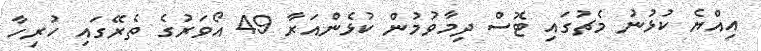
އިއްޔެ ކުޅުނު މެޗުގައި ޓޮސް ދިމާވުމުން ކުޅެންއަރާ 49 އޯވަރުގެ ތެރޭގައި ހުރިހާ